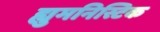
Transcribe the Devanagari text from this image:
ह्युमनिस्टिक